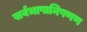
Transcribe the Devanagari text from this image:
सर्वभाषानिषणण